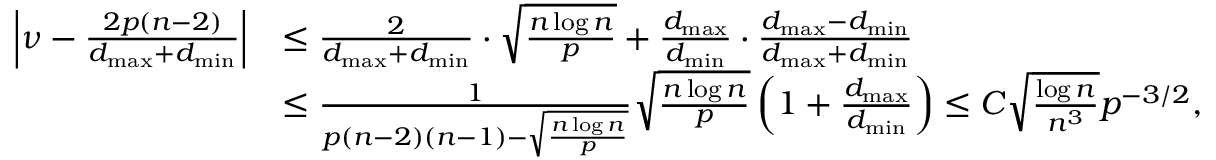
\begin{array} { r l } { \left| \nu - \frac { 2 p ( n - 2 ) } { d _ { \operatorname* { m a x } } + d _ { \operatorname* { m i n } } } \right| } & { \leq \frac { 2 } { d _ { \operatorname* { m a x } } + d _ { \operatorname* { m i n } } } \cdot \sqrt { \frac { n \log n } { p } } + \frac { d _ { \operatorname* { m a x } } } { d _ { \operatorname* { m i n } } } \cdot \frac { d _ { \operatorname* { m a x } } - d _ { \operatorname* { m i n } } } { d _ { \operatorname* { m a x } } + d _ { \operatorname* { m i n } } } } \\ & { \leq \frac { 1 } { p ( n - 2 ) ( n - 1 ) - \sqrt { \frac { n \log n } { p } } } \sqrt { \frac { n \log n } { p } } \left( 1 + \frac { d _ { \operatorname* { m a x } } } { d _ { \operatorname* { m i n } } } \right) \le C \sqrt { \frac { \log n } { n ^ { 3 } } } p ^ { - 3 / 2 } , } \end{array}